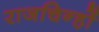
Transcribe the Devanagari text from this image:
राजचिन्हों